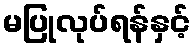
မပြုလုပ်ရန်နှင့်